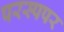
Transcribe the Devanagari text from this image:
परस्पपर